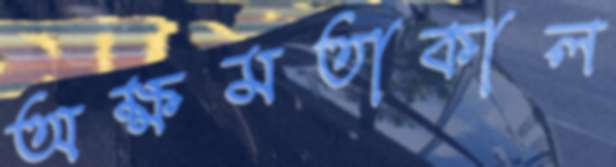
অক্ষমতাকাল